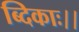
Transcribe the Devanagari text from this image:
ब्दिकाः।।